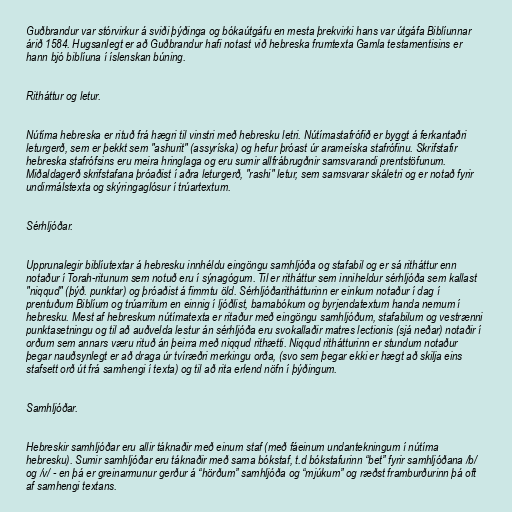
Guðbrandur var stórvirkur á sviði þýðinga og bókaútgáfu en mesta þrekvirki hans var útgáfa Biblíunnar
árið 1584. Hugsanlegt er að Guðbrandur hafi notast við hebreska frumtexta Gamla testamentisins er
hann bjó biblíuna í íslenskan búning.

Ritháttur og letur.

Nútíma hebreska er rituð frá hægri til vinstri með hebresku letri. Nútímastafrófið er byggt á ferkantaðri
leturgerð, sem er þekkt sem "ashurit" (assyríska) og hefur þróast úr arameíska stafrófinu. Skrifstafir
hebreska stafrófsins eru meira hringlaga og eru sumir allfrábrugðnir samsvarandi prentstöfunum.
Miðaldagerð skrifstafana þróaðist í aðra leturgerð, "rashi" letur, sem samsvarar skáletri og er notað fyrir
undirmálstexta og skýringaglósur í trúartextum.

Sérhljóðar.

Upprunalegir biblíutextar á hebresku innhéldu eingöngu samhljóða og stafabil og er sá ritháttur enn
notaður í Torah-ritunum sem notuð eru í sýnagógum. Til er ritháttur sem inniheldur sérhljóða sem kallast
"niqqud" (þýð. punktar) og þróaðist á fimmtu öld. Sérhljóðarithátturinn er einkum notaður í dag í
prentuðum Biblíum og trúarritum en einnig í ljóðlist, barnabókum og byrjendatextum handa nemum í
hebresku. Mest af hebreskum nútímatexta er ritaður með eingöngu samhljóðum, stafabilum og vestrænni
punktasetningu og til að auðvelda lestur án sérhljóða eru svokallaðir matres lectionis (sjá neðar) notaðir í
orðum sem annars væru rituð án þeirra með niqqud rithætti. Niqqud rithátturinn er stundum notaður
þegar nauðsynlegt er að draga úr tvíræðri merkingu orða, (svo sem þegar ekki er hægt að skilja eins
stafsett orð út frá samhengi í texta) og til að rita erlend nöfn í þýðingum.

Samhljóðar.

Hebreskir samhljóðar eru allir táknaðir með einum staf (með fáeinum undantekningum í nútíma
hebresku). Sumir samhljóðar eru táknaðir með sama bókstaf, t.d bókstafurinn “bet” fyrir samhljóðana /b/
og /v/ - en þá er greinarmunur gerður á “hörðum” samhljóða og “mjúkum” og ræðst framburðurinn þá oft
af samhengi textans.